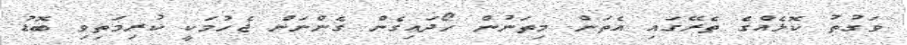
ވަގުތު ކޮޅެއްގެ ތެރޭގައި އެތަން މިތަނުން ހޯދައިގެން ގެންނަން ޖެހުމަކީ ކުރިމަތިވި ބޮޑު